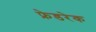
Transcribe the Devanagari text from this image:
फ्रेडरेक